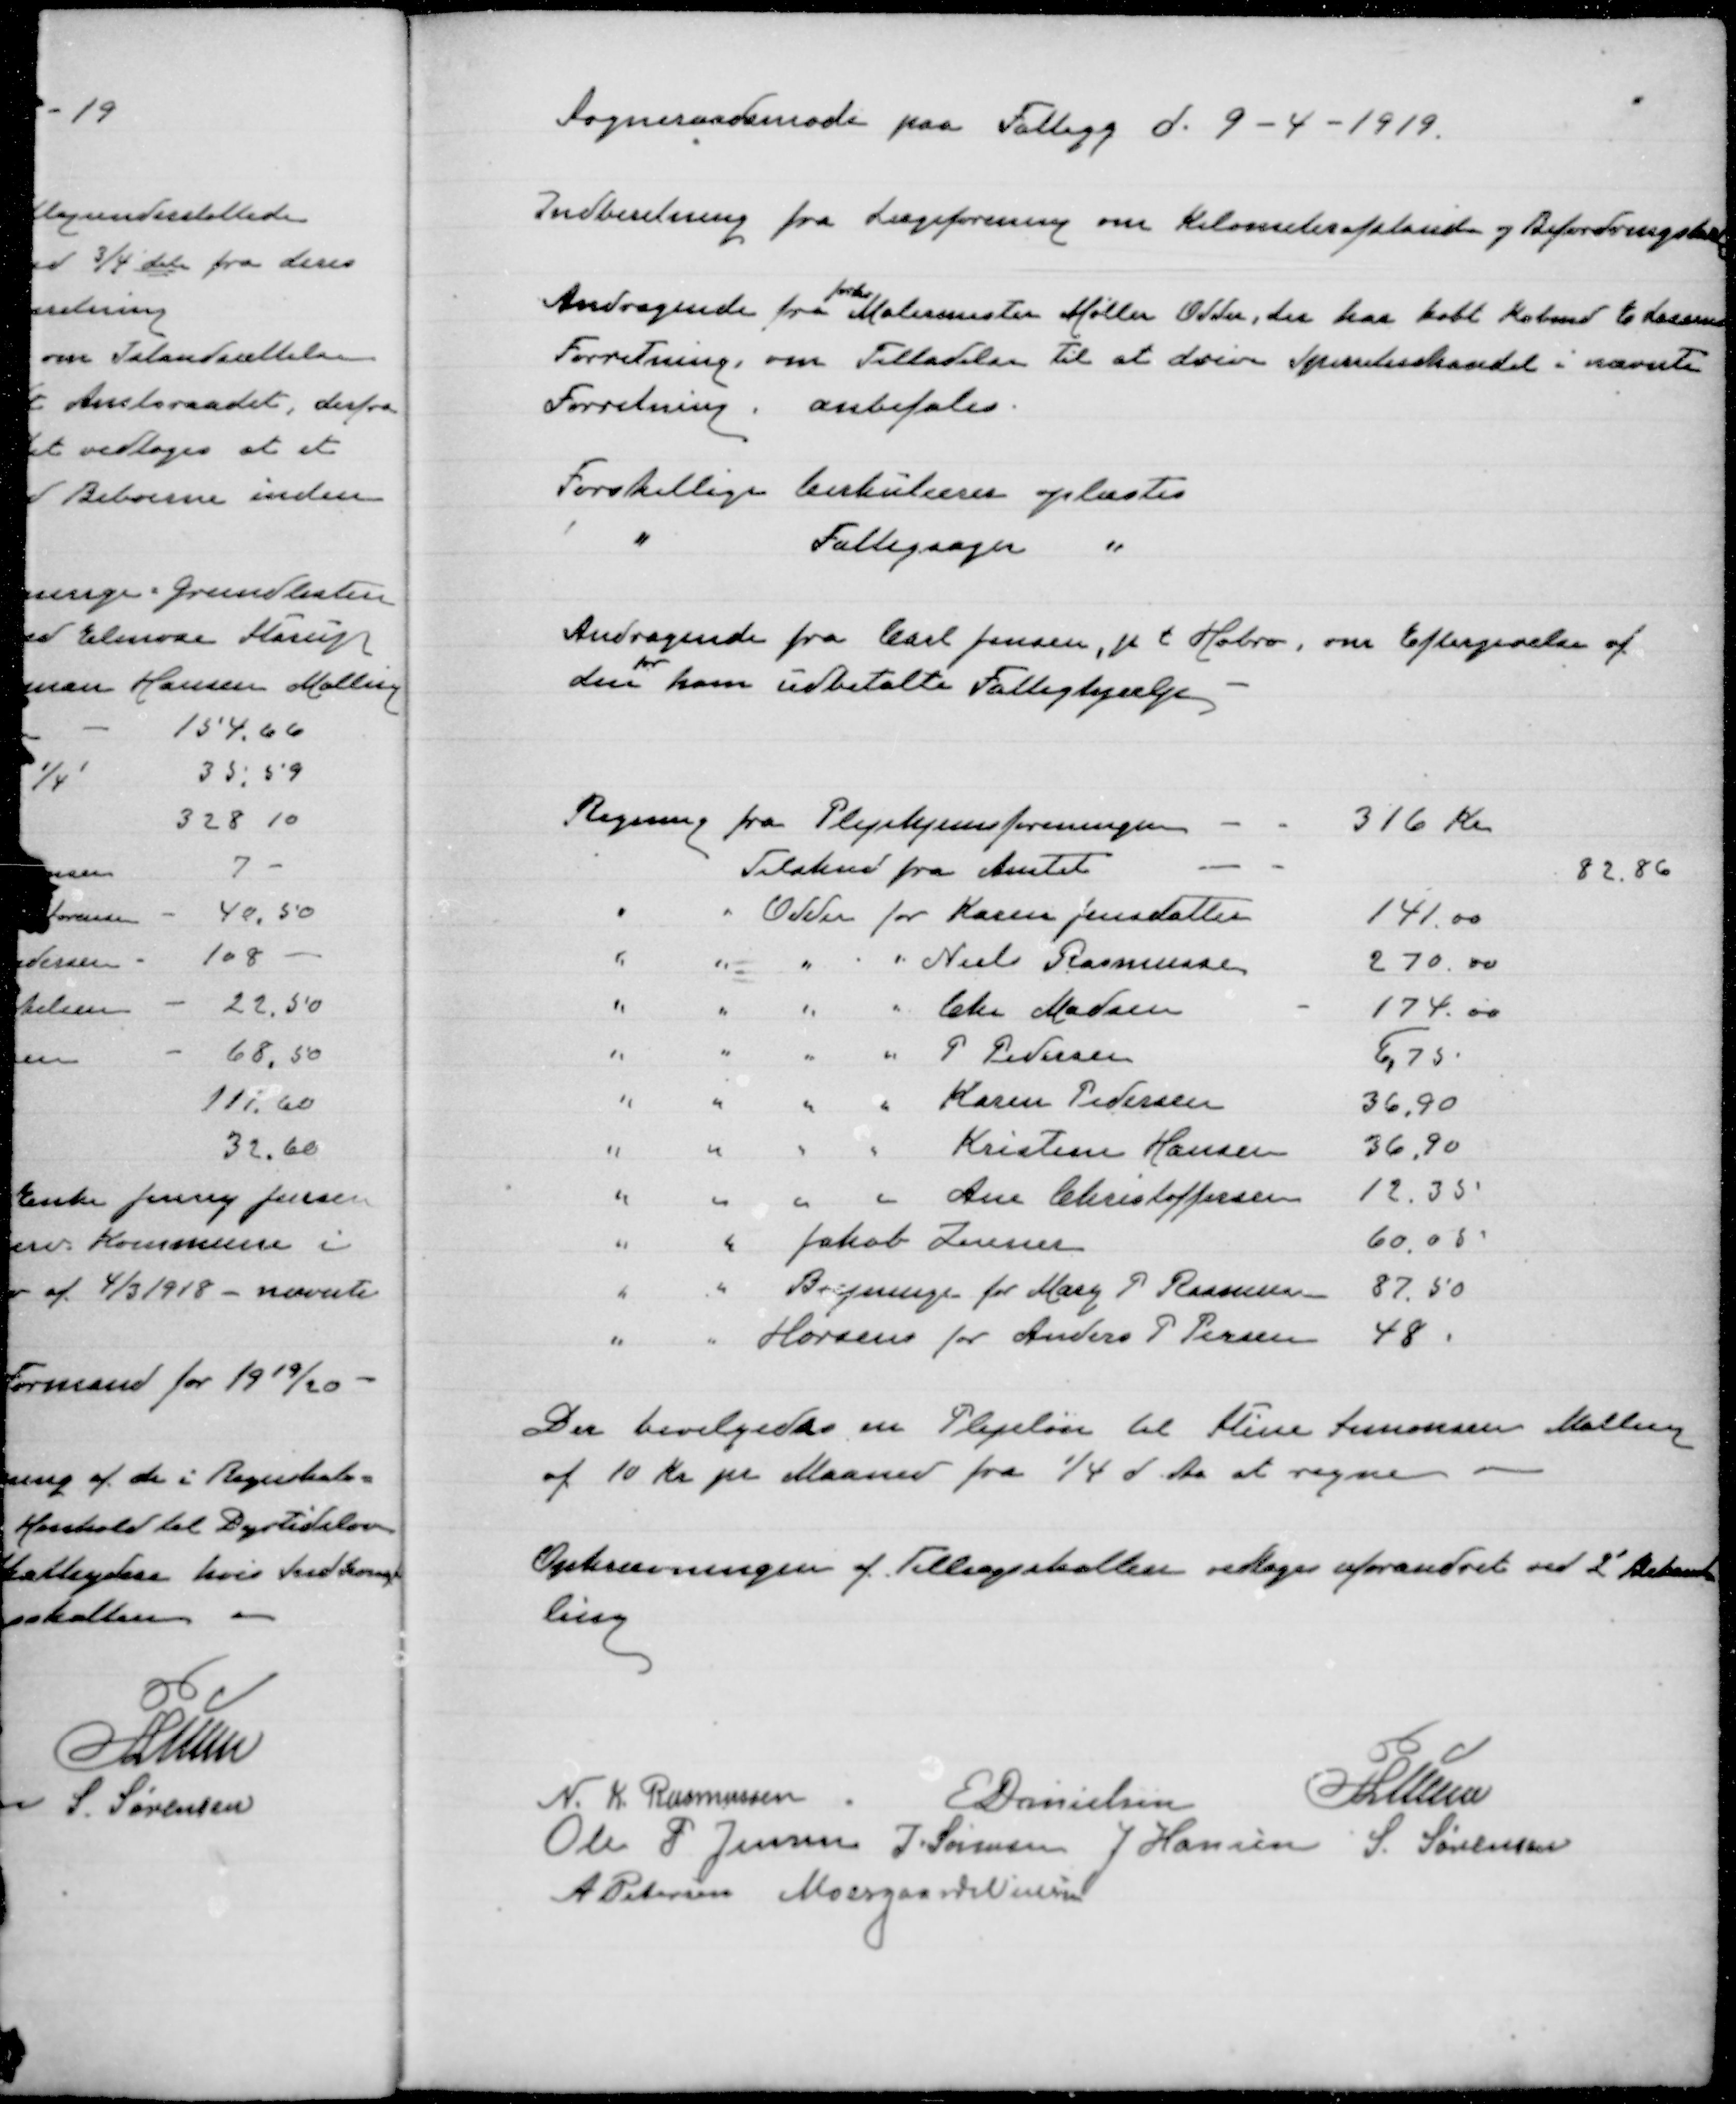
Transskription:
Sogneraadsmøde paa Fattigg d. 9 - 4 -1919

Indberetning fra Lægeforening om Kilometerafstande og Befordrings

Andragende fra
forhv
Malermester Møller Odder, der har købt Købmd. E Lassens
Forretning, om Tilladelse til at drive spiritushandel i nævnte
Forretning. anbefales

Forskellige Cirkulærer oplæstes
" Fattigsager "

Andragende fra Carl Jensen, p t Hobro, om Eftergivelse af
den
for
ham udbetalte Fattighjælp

Der bevilgedes en Plejeløn til Stine Simonsen Malling
af 10 Kr pr Maaned fra 1/4 d. Aa at regne.

Opkrævningen af Tillægsskatter vedtoges uforandret ved 2' Behand-
ling

N. K. Rasmussen
E Danielsen
P Lunn
Ole P. Jensen
J. Sørensen
J Hansen
S Sørensen
A Petersen
Moesgaard Nielsen